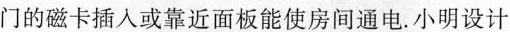
门的磁卡插入或靠近面板能使房间通电.小明设计